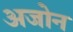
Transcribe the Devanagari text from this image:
अजोन